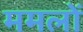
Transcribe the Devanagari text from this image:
ममलों